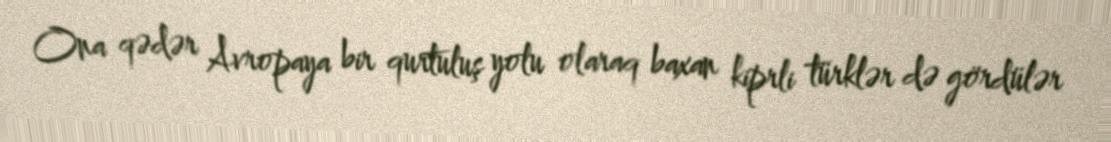
Ona qədər Avropaya bir qurtuluş yolu olaraq baxan kiprli türklər də gördülər